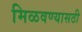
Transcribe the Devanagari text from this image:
मिळवण्यासठी